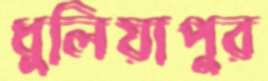
ধুলিয়াপুর